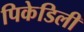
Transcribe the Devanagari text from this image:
पिकेडिली